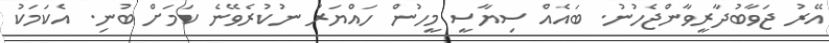
އޭރު ޖަވާބުދާރީވާންޖެހުނު. ބައެއް ސިޔާސީ މީހުން ހައްޔަރު ނުކުރެވޭނެ ކަމަށް ބުނި. އެކަމަކު